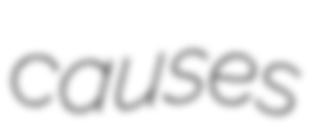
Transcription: causes